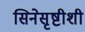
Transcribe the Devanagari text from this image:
सिनेसृष्टीशी